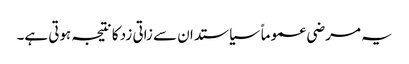
یہ مرضی عموماً سیاستدان سے زاتی زد کا نتیجہ ہوتی ہے۔